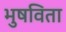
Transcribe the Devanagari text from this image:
भुषविता